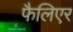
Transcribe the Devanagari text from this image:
फैलिएर